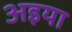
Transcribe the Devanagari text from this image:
अइया